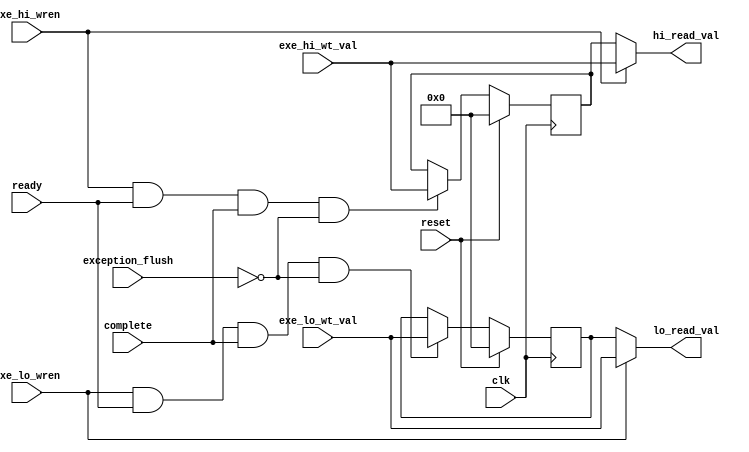
module HiLo( 
    input wire                      clk,
    input wire                      reset,
    input wire                      exe_hi_wren,
    input wire                      exe_lo_wren,
    input wire [31:0]               exe_hi_wt_val,
    input wire [31:0]               exe_lo_wt_val,
    input wire                      ready,
    input wire                      complete,
    input wire                      exception_flush,
 
    output wire [31:0]              hi_read_val,
    output wire [31:0]              lo_read_val 
);

    reg [31:0]      				hi = 0;
    reg [31:0]                      lo = 0;

	always @(posedge clk)
	if(reset)
	   hi<= 0;

    else if (exe_hi_wren && ready && complete && !exception_flush)
        hi <= exe_hi_wt_val;

    always @(posedge clk)
    if(reset)
        lo<= 0;
     else if (exe_lo_wren && ready && complete && !exception_flush)
        lo <= exe_lo_wt_val;

    // hilo bypass
    assign hi_read_val = exe_hi_wren ? exe_hi_wt_val : hi;
    assign lo_read_val = exe_lo_wren ? exe_lo_wt_val : lo;

endmodule